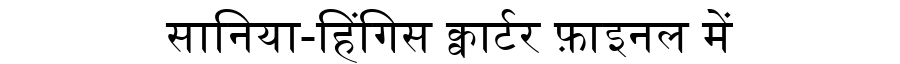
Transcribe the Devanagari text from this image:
सानिया-हिंगिस क्वार्टर फ़ाइनल में